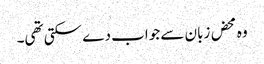
وہ محض زبان سے جواب دے سکتی تھی۔